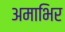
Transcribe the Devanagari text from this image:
अमाभिर